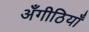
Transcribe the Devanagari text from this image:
अँगीठियाँ